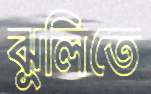
ঝুলিতে